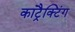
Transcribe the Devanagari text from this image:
कांट्रैक्टिंग